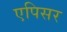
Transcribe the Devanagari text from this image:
एपिसर